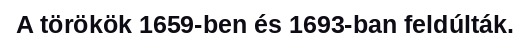
A törökök 1659-ben és 1693-ban feldúlták.